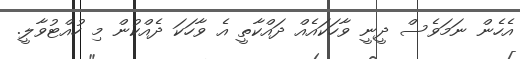
އެހެން ނަމަވެސް ދީނީ ވާހަކައެއް ދައްކާތީ އެ ވާހަކަ ދެއްކުން މި ހުއްޓުވާލީ.